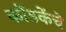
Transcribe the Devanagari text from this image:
कोंडकेंचे